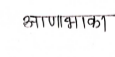
मजकूर: आणाभाका